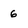
Character: 6